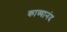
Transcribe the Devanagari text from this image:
काव्यानंद